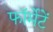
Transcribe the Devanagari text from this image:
फॉर्मेटें